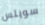
سويتس